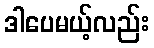
ဒါပေမယ့်လည်း